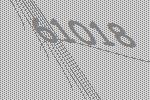
61018